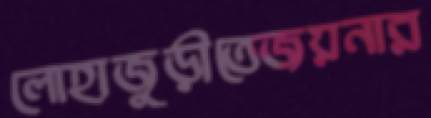
লোহাজুড়ীতেজয়নার